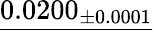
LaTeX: \underline{{0.0200_{\pm 0.0001}}}